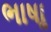
ભાષાૢ